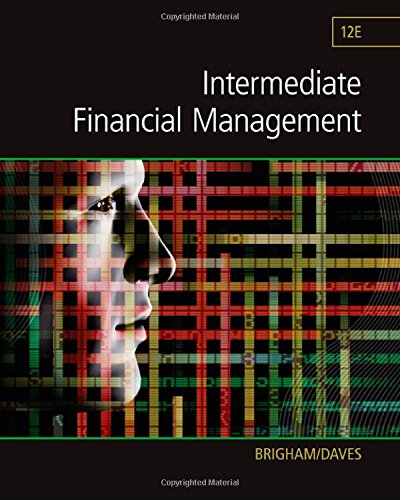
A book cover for Intermediate Financial Management (Finance Titles in the Brigham Family); Eugene F. Brigham; Business & Money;